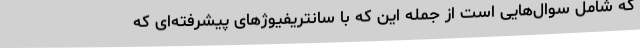
که شامل سوال‌هایی است از جمله این که با سانتریفیوژهای پیشرفته‌ای که